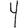
Digit: 4